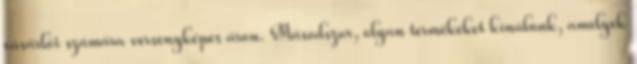
vásárlói számára versenyképes áron. Másodszor, olyan termékeket kínálunk, amelyek